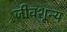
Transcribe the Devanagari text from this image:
जीवशून्य